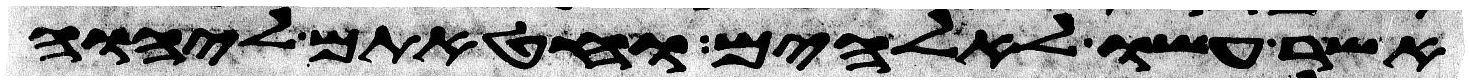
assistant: אשר עשו לאלהיהם וחטאתם ליהוה